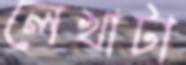
লেখাটা